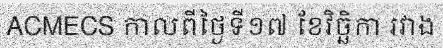
ACMECS កាលពីថ្ងៃទី១៧ ខែវិច្ឆិកា រវាង